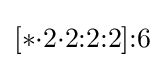
[*{\cdot }2{\cdot }2{:}2{:}2]{:}6